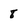
Character: 8